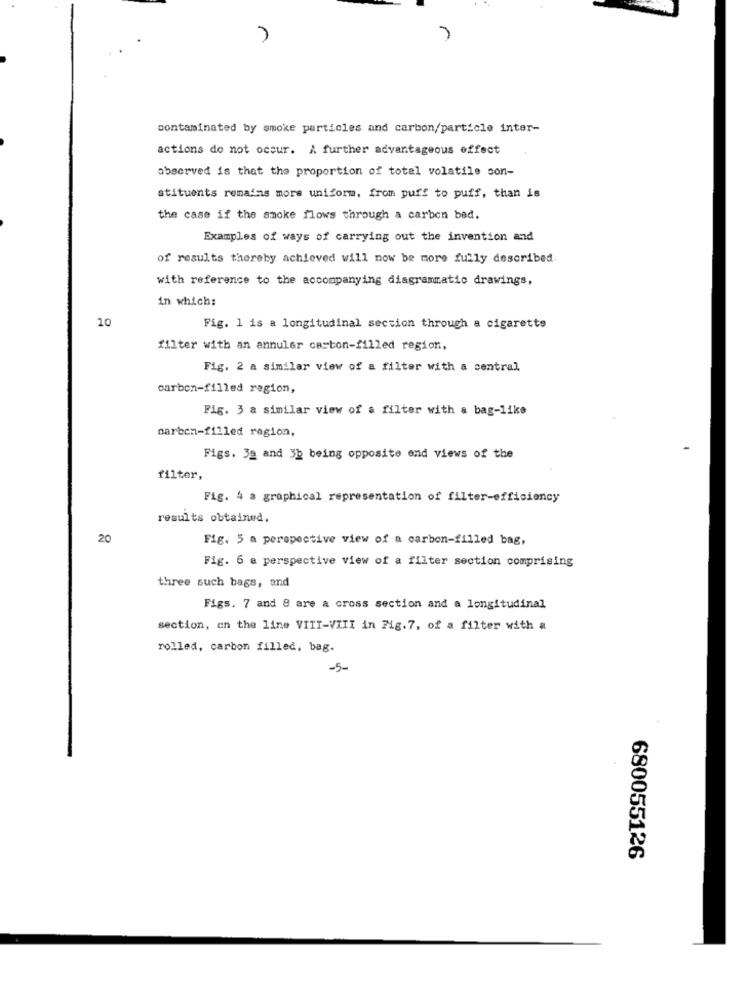
contaminated by smoke particles and carbon/particle inter-
actions do not occur. A further advantageous effect
observed is that the proportion of total volatile son-
stituents remains more uniform, from puff to puff, than is
the case if the smoke flows through a carbon bed.
Examples of ways of carrying out the invention and
of results thereby achieved will now be more fully described.
with reference to the accompanying diagrammatic drawings,
in which:
10
Fig. 1 is a longitudinal section through a cigarette
filter with an annuler carton-filled region,
Fig. 2 a similar view of a filter with a central
carbon-filled region,
Fig. 3 a similar view of a filter with a bag-like
carben-filled region,
Figs. 32 and 3h being opposite end views of the
filter,
Fig. 4 a graphical representation of filter-efficiency
results obtained.
20
Fig. 5 a perspective view of a carbon-filled bag,
Fig. 6 a perspective view of a filter section comprising
three such bags, and
Figs. 7 and 8 are a cross section and a longitudinal
section, an the line VIII-VIII in 71g.7, of a filter with a
rolled, carbon filled, bag.
-5-
680055126